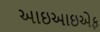
આઇઆઇએફ